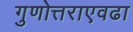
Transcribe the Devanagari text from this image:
गुणोत्तराएवढा